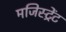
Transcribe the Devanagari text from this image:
मजिस्ट्रेंट